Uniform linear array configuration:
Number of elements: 12
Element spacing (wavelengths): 1
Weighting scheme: uniform
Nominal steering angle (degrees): -45
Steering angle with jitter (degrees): -43.699
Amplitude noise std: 0.05
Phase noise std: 0.05

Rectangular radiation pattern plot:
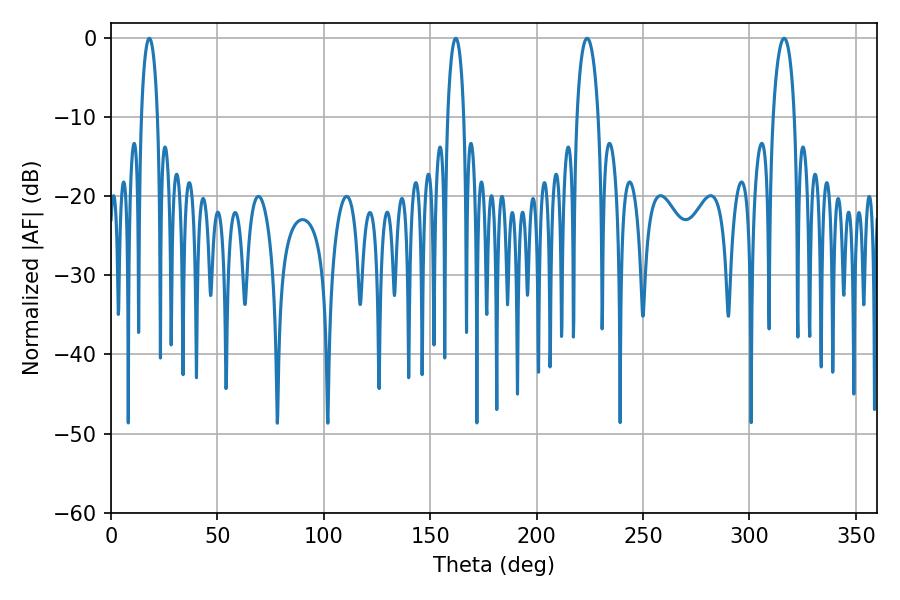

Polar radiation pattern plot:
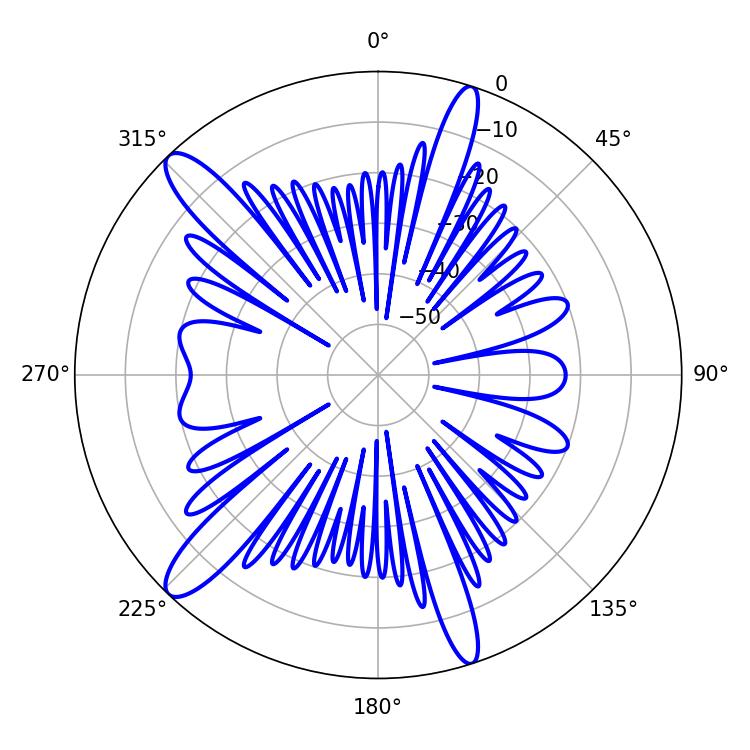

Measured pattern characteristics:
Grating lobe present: TRUE
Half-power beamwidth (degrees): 4.32
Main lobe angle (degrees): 18